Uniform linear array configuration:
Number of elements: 12
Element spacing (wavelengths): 0.25
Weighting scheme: cosine
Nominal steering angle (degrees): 60
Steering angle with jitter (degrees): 61.554
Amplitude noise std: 0.05
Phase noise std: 0.05

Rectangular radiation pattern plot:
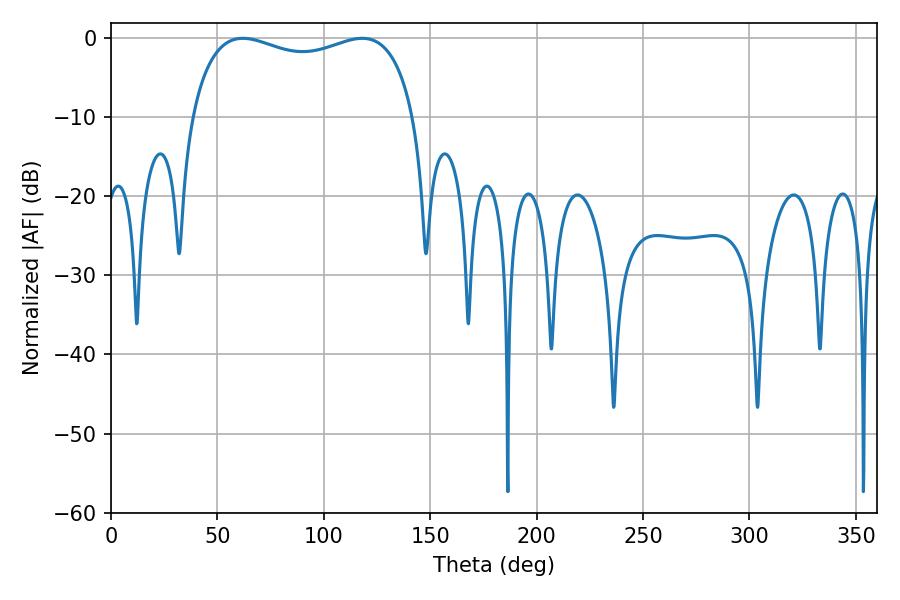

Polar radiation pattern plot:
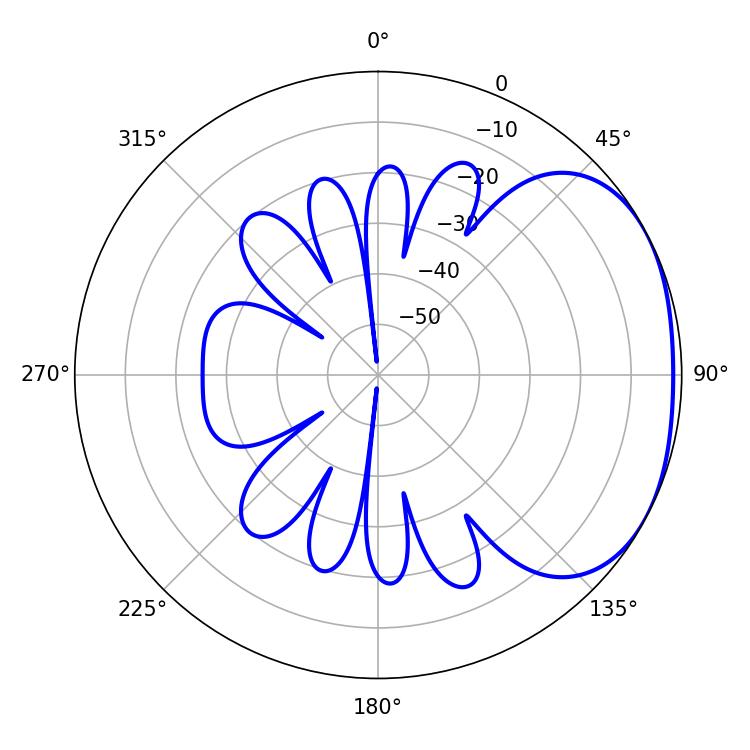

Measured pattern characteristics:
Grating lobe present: FALSE
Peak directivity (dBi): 2.258
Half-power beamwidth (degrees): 86.4
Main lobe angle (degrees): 61.92